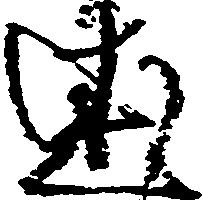
述